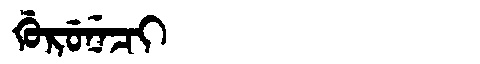
Manchu: ᡤᡠᡵᡠᠨᡝᠴᡳ
Romanization: GURUNECI